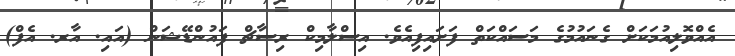
އެއްވޮލިއުމަކަށް ގެނައުމުގެ މަސައްކަތް ފަށައިފިއެވެ. އިސްލާމިކް ރިސާޗް ފައުންޑޭޝަން (އައި. އާރ. އެފް)